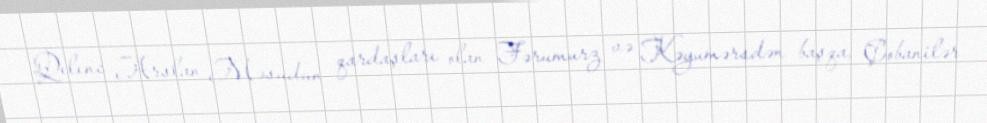
Qılınc Arslan Məsudun qardaşları olan Fərumurz və Kəyumərsdən başqa, Çobanilər